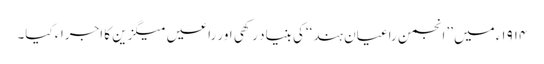
۱۹۱۴ء میں ’’انجمن راعیانِ ہند‘‘کی بنیاد رکھی اور راعیں میگزین کا اجراء کیا۔